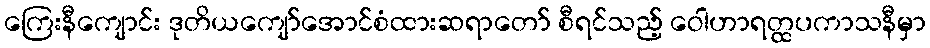
ကြေးနီကျောင်း ဒုတိယကျော်အောင်စံထားဆရာတော် စီရင်သည့် ဝေါဟာရတ္ထပကာသနီမှာ